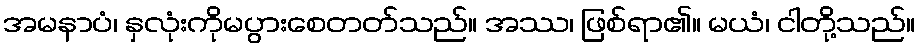
အမနာပံ၊ နှလုံးကိုမပွားစေတတ်သည်။ အဿ၊ ဖြစ်ရာ၏။ မယံ၊ ငါတို့သည်။